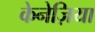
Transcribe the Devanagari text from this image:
केनेज़िया